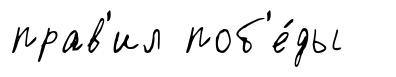
прав'ил поб'е́ды